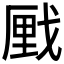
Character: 𮲌